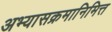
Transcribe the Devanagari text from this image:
अभ्यासक्रमानिमित्त